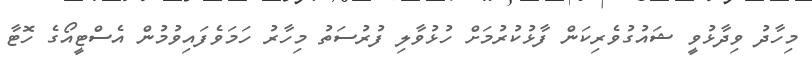
މިހާދު ވިދާޅުވީ ޝައުގުވެރިކަން ފާޅުކުރުމަށް ހުޅުވާލި ފުރުސަތު މިހާރު ހަމަވެފައިވުމުން އެސްޓީއޯގެ ހޮޓާ